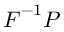
{ \boldsymbol { F } } ^ { - 1 } { \boldsymbol { P } }